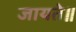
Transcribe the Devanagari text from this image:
जायते॥